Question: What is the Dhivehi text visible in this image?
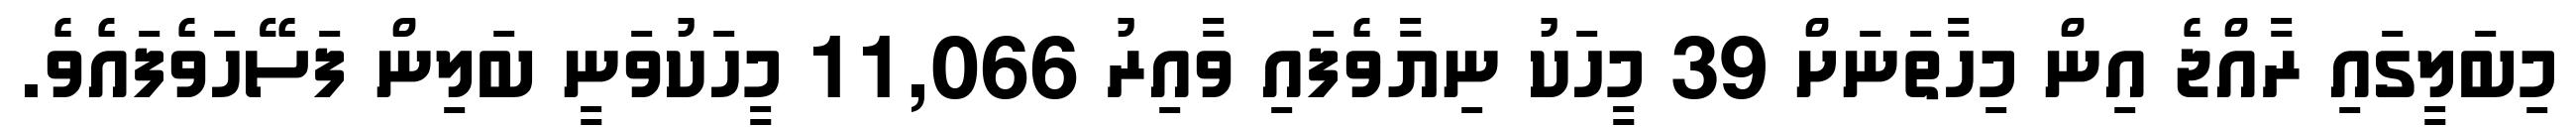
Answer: މިބަލީގައި ރާއްޖެ އިން މިހާތަނަށް 39 މީހަކު ނިޔާވެފައި ވާއިރު 11,066 މީހަކުވަނީ ބަލިން ފަސޭހަވެފައެވެ.